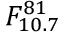
F _ { 1 0 . 7 } ^ { 8 1 }